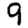
Digit: 9